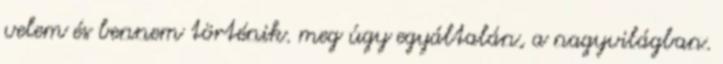
velem és bennem történik. meg úgy egyáltalán, a nagyvilágban.